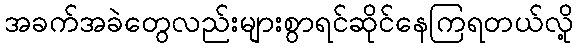
အခက်အခဲတွေလည်းများစွာရင်ဆိုင်နေကြရတယ်လို့